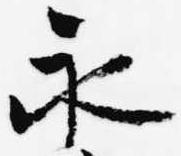
永